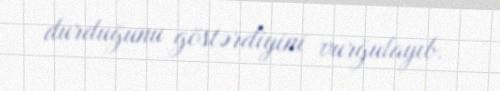
durduğunu göstərdiyini vurğulayıb.